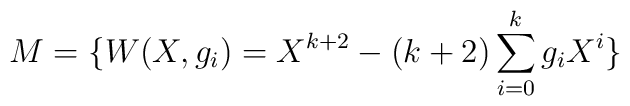
M= \{ W(X, g_i) = X^{k+2} - (k+2) \sum_{i=0}^{k} g_i X^i \}